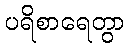
ပရိစာရေတွာ